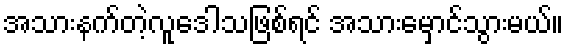
အသားနက်တဲ့လူဒေါသဖြစ်ရင် အသားမှောင်သွားမယ်။